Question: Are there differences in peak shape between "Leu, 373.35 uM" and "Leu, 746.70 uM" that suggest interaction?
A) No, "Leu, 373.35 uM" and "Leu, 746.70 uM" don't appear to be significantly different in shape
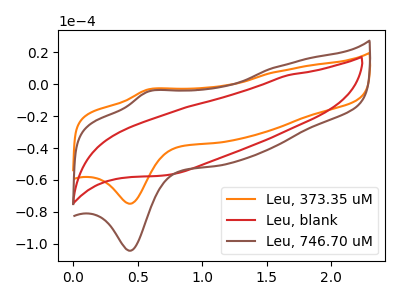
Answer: <think>The orange curve "Leu, 373.35 uM" has an anodic peak at (0.60V, -3.45uA) and a cathodic peak at (0.45V, -74.85uA). The red curve "Leu, blank" has no peaks. The brown curve "Leu, 746.70 uM" has an anodic peak at (0.60V, -4.80uA) and a cathodic peak at (0.45V, -104.30uA).
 All the peaks in "Leu, 373.35 uM" have a peak in "Leu, 746.70 uM" at the same potential.</think>
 <answer>A) No, "Leu, 373.35 uM" and "Leu, 746.70 uM" don't appear to be significantly different in shape</answer>
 <eval>A</eval>